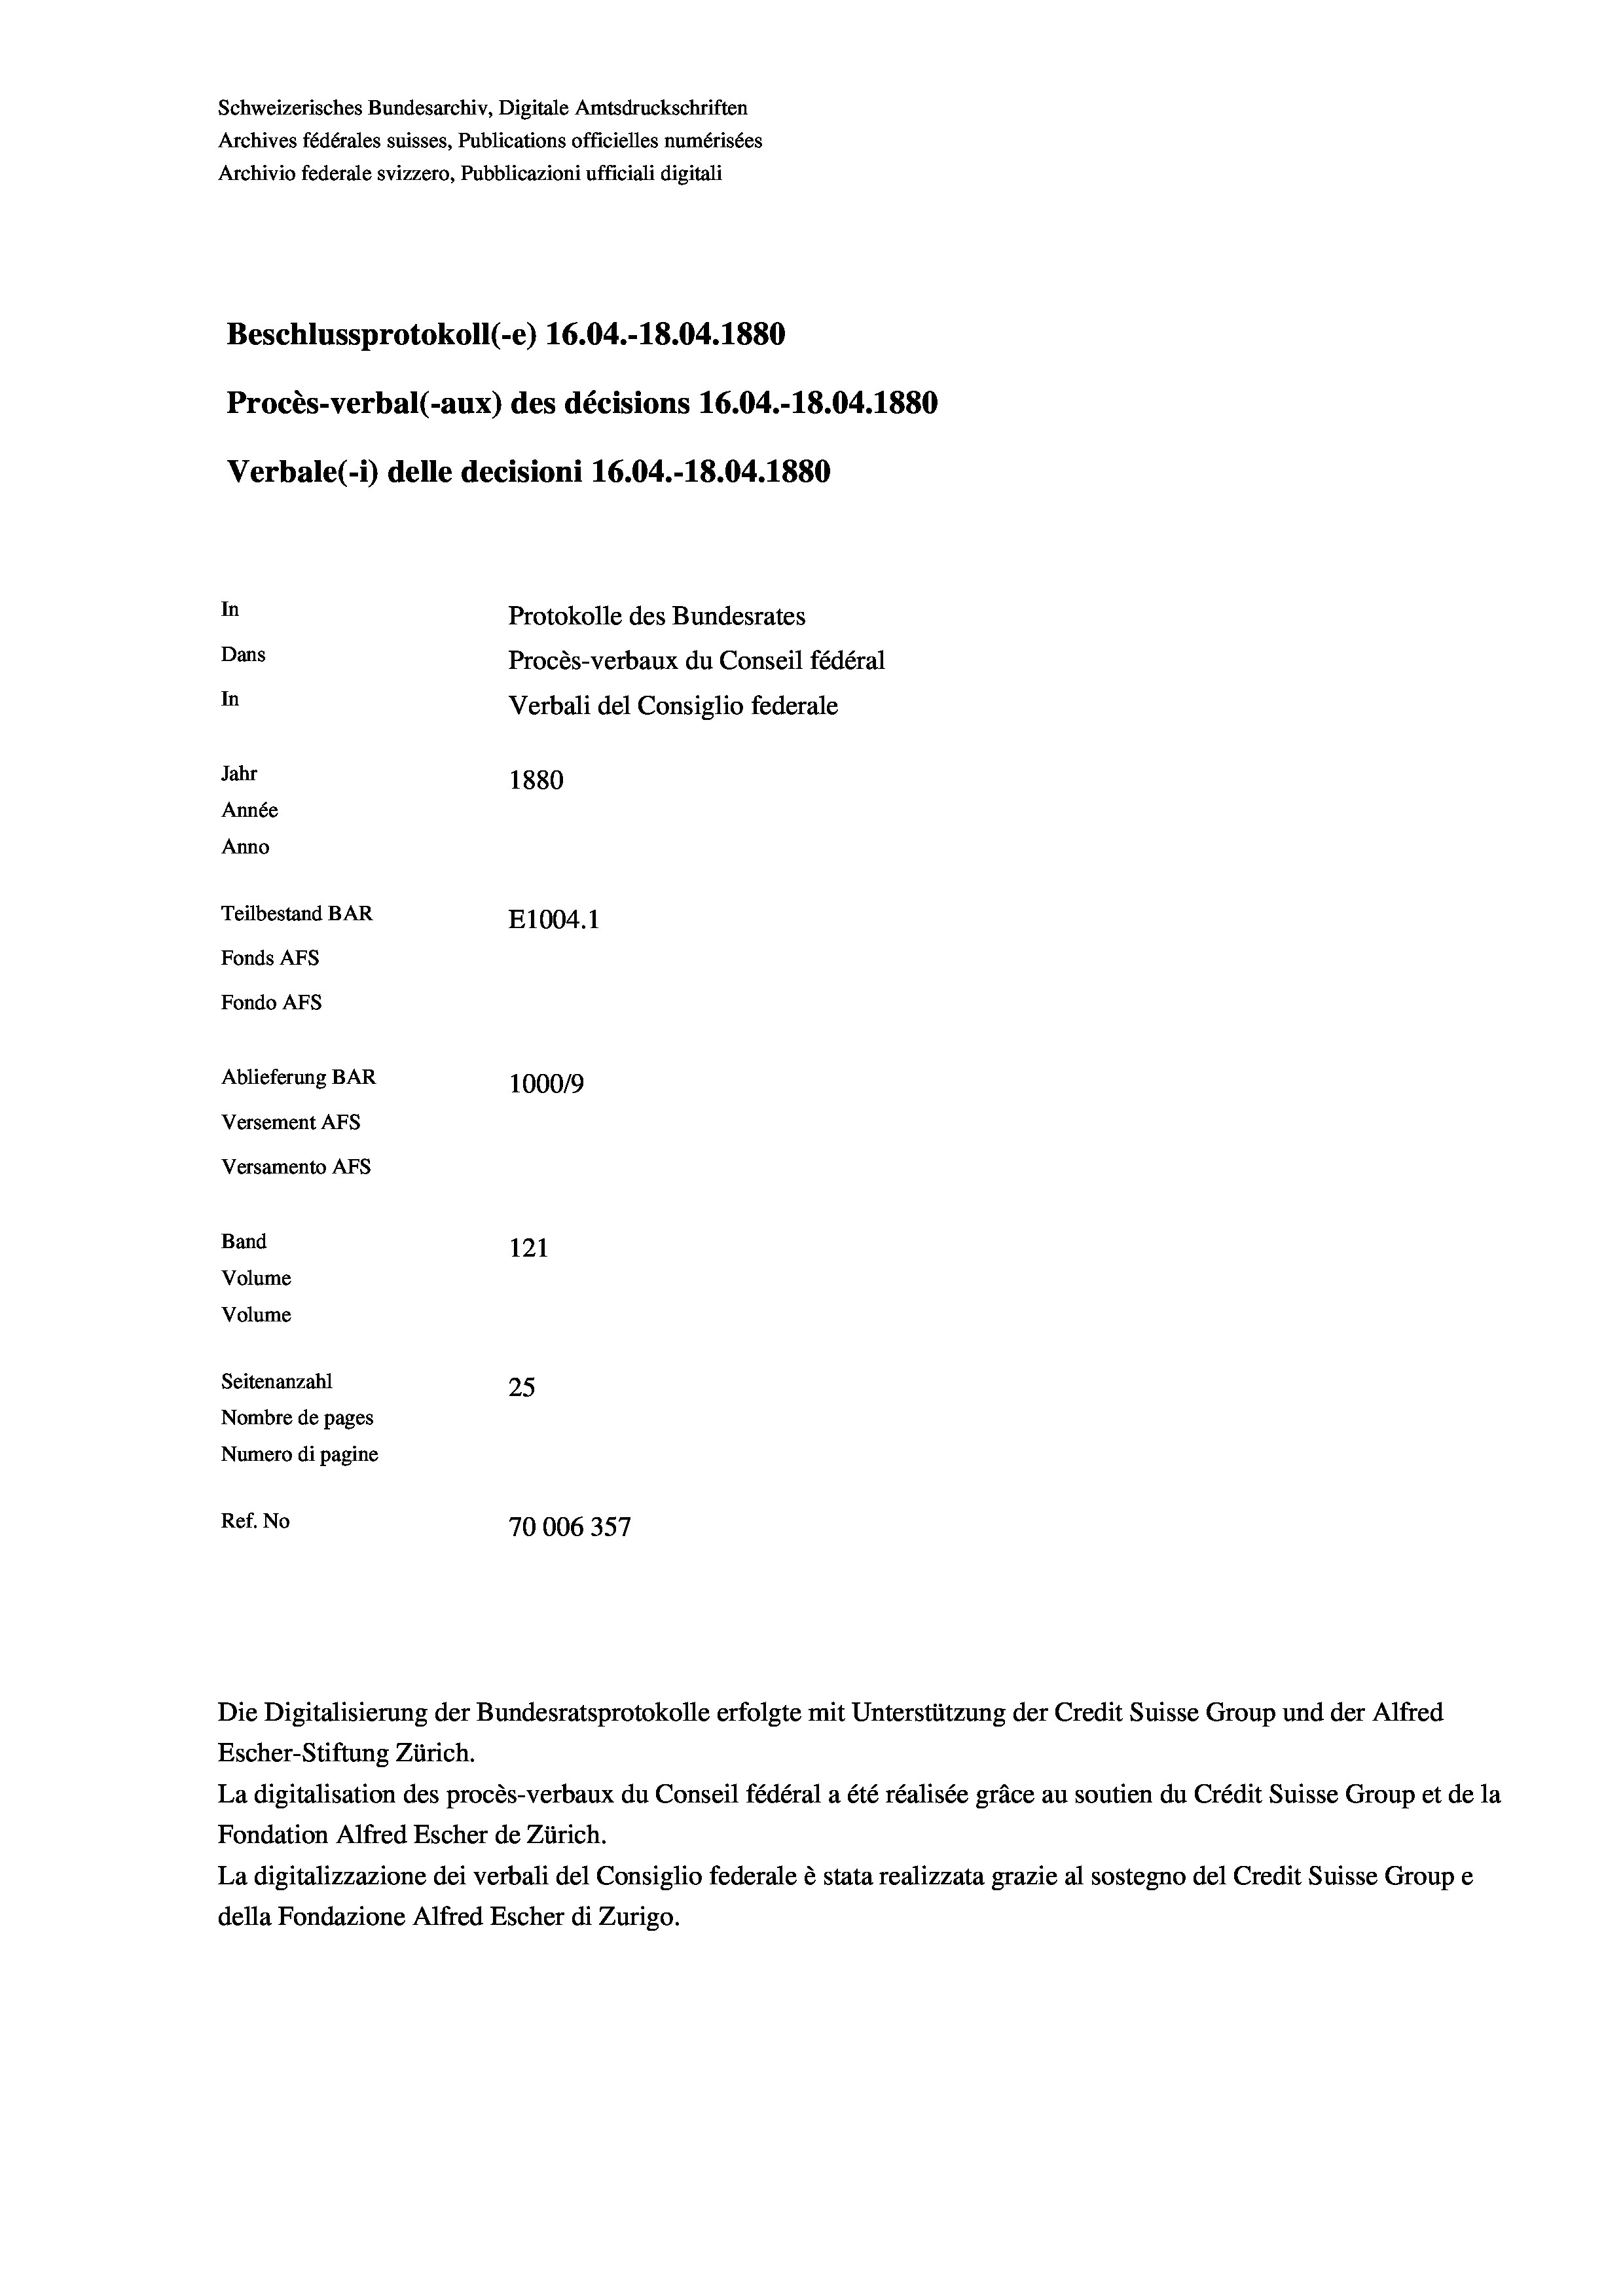
Schweizerisches Bundesarchiv, Digitale Amtsdruckschriften
Archives fédérales suisses, Publications officielles numérisées
Archivio federale svizzero, Pubblicazioni ufficiali digitali
Beschlussprotokoll (-e) 16.04.-18.04. 1880
Procès-verbal (-aux) des décisions 16.04.-18.04. 1880
Verbale (i) delle decisioni 16.04.-18.04. 1880
In
Protokolle des Bundesrates
Dans
Procès-verbaux du Conseil fédéral
In
Verbali del Consiglio federale
Jahr
1880
Année
Anno
Teilbestand BAR
E1004.1
Fonds AFs
Fondo AFS
Ablieferung BAR
100019
Versement AFs
Versamento Afs
Band
121
Volume
Volume
Seitenanzahl
25
Nombre de pages
Numero di pagine
Ref. No
70006357

Escher-Stiftung Zürich.
La digitalisation des procès-verbaux du Conseil fédéral a été réalisée gräce au soutien du Crédit Suisse Group et de la
Fondation Alfred Escher de Zürich.
La digitalizzazione dei verbali del Consiglio federale è stata realizzata grazie al sostegno del Credit Suisse Groupe
della Fondazione Alfred Escher di Zurigo.

Die Digitalisierung der Bundesratsprotokolle erfolgte mit Unterstützung der Credit Suisse Group und der Alfred